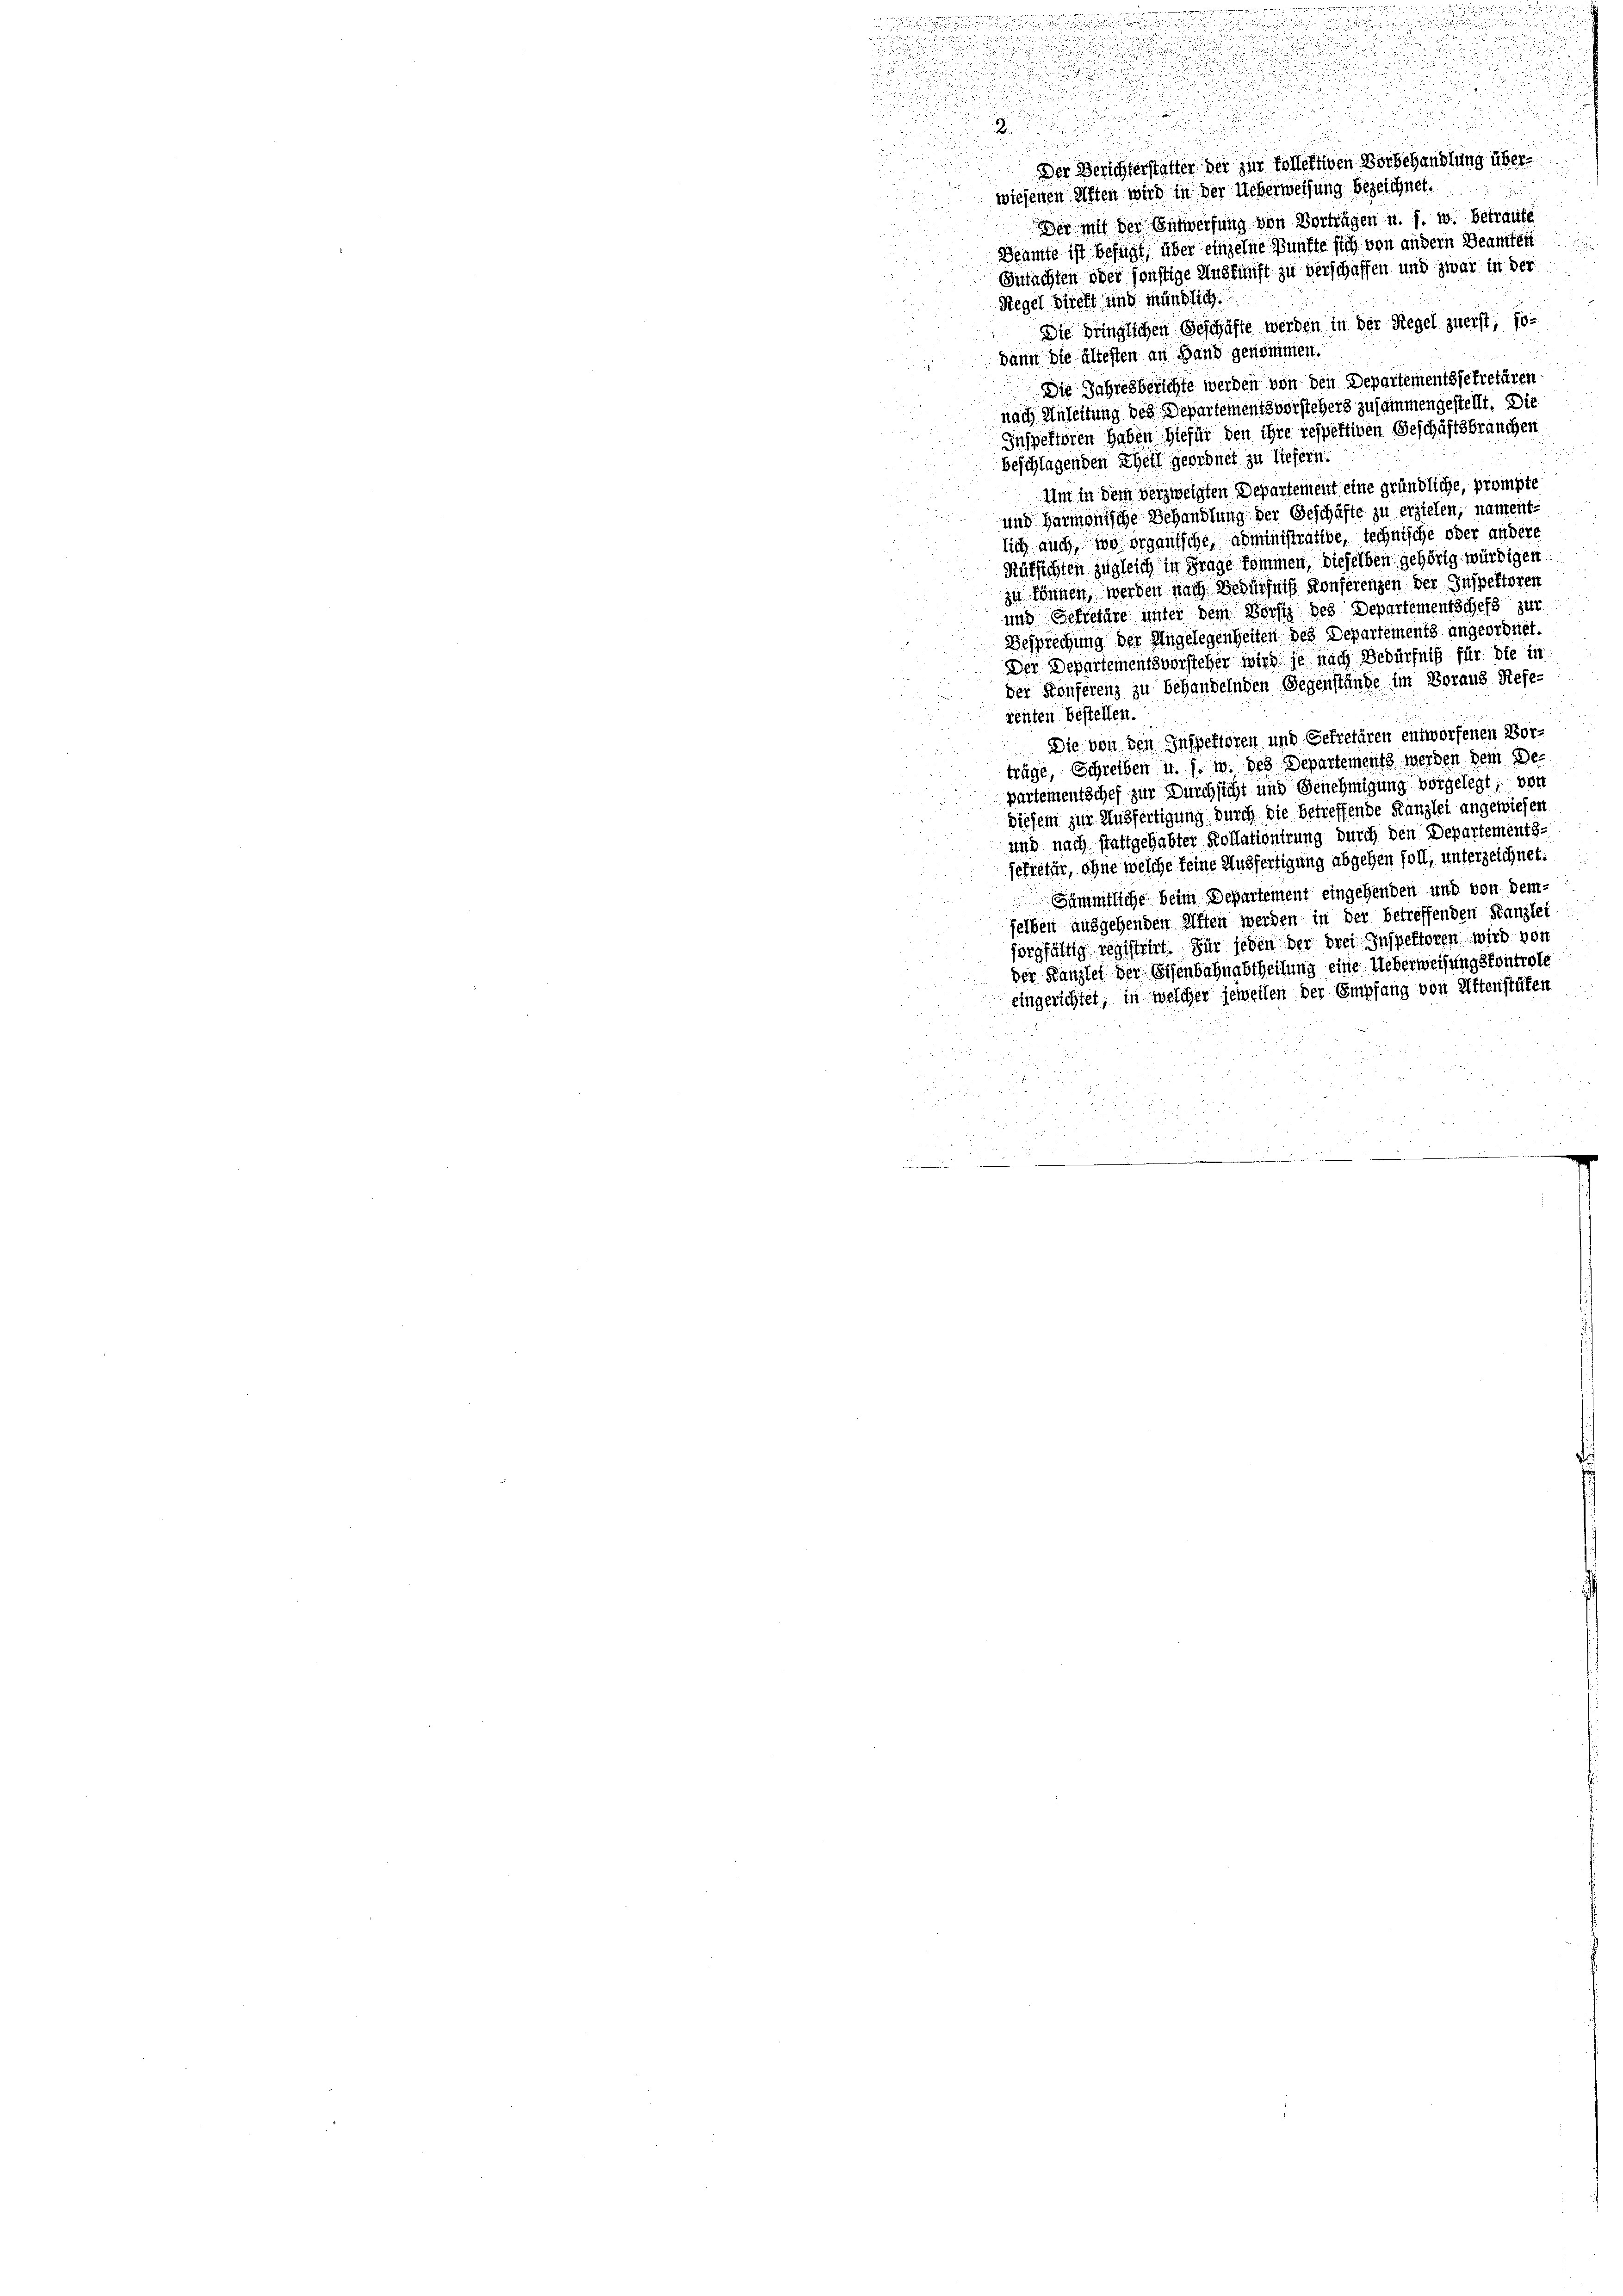
Der mit der Entwerfung von Vorträgen u. s. w. betraute
Beamte ist befugt, über einzelne Bünfte sich von andern Beamtest
Gutachten oder sonstige Auskunft zu verschaffen und zwar in der
Regel direft und mündlich
Die dringlichen Geschäfte werden in der Regel zuerst, so-
dann die ältesten an Hand genommen.
Die Jahresberichte werden von den Departementssekretären
nach Anleitung des Departementsvorstehers zusammengestellt. Die
Inspektoren haben hiefür den ihre respektiven Geschäftsbrauchen
beschlagenden Theil geordnet zu liefern.
Um in dem verzweigten Departement eine gründliche, prompte
und Harmonische Behandlung der Geschäfte zu erziehen, nament-
lich auch, wo organische administrative, technische oder andere
Rüksichten zugleich in Frage kommen, dieselben gehörig würdigen
zu können, werden nach Bedürfnis Konferenzen der Inspektoren
und Gefrefäre unter dem Vorfig des Departementschefs zur
Besprechung der Angelegenheiten des Departements angeordnet.
Der Departementsvorsteher wird je nach Bedürfniß für die in
der Konferenz zu behandelnden Gegenstände im Voraus Refe-
renten bestellen.
Die von den Inspektoren und Getretären entworfenen Vor-
träge, Schreiben u. s. w. des Departement werden dem De
partementschef zur Durchsicht und Genehmigung vorgelegt von
Diesem zur Ausfertigung durch die betreffende Kanzlei angewiesen
und nach stattgehabter Kollationirung durch den Departements-
jekretär, ohne welche feine Ausfertigung abgehen soll, unterzeichnet:
Sämmtliche beim Departement eingehenden und von dem
selben ausgehenden Affen werden in der betreffenden Kanzlei
sorgfältig registrirt Für jeden der drei Inspektoren wird von
der Kanzlei der Eisenbahnabtheilung eine Ueberweisungskontrole
eingerichtet, in welcher jeweilen der Empfang von Aftenstüken

n

2.

Der Berichterstatter der zur Follektiven Vorbehandlung überwiesenen Aften wird in der Ueberweisung bezeichnet.